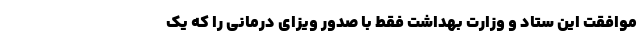
موافقتِ این ستاد و وزارت بهداشت فقط با صدور ویزای درمانی را که یک